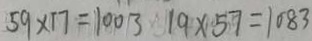
5 9 \times 1 7 = 1 0 0 3 1 9 \times 5 7 = 1 0 8 3